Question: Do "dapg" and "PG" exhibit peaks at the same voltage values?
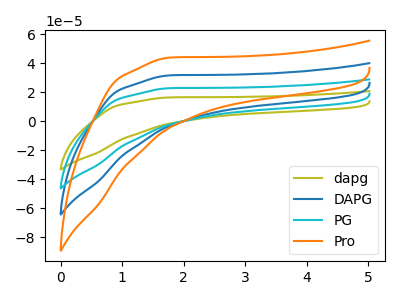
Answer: <think>The olive curve "dapg" has no peaks. The blue curve "DAPG" has no peaks. The cyan curve "PG" has no peaks. The orange curve "Pro" has no peaks.</think>
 <answer>Niether CV has any peaks.</answer>
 <eval>blanks</eval>